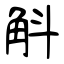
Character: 斛